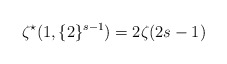
\begin{align*}\zeta^{\star}(1,\{2\}^{s-1})=2\zeta(2s-1)\end{align*}